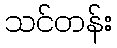
သင်တန်း